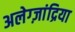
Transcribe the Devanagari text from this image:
अलेग्ज़ांद्रिया